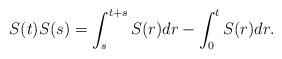
LaTeX: \begin{align*}S(t)S(s)=\int_s^{t+s} S(r)dr -\int_0^t S(r)dr.\end{align*}